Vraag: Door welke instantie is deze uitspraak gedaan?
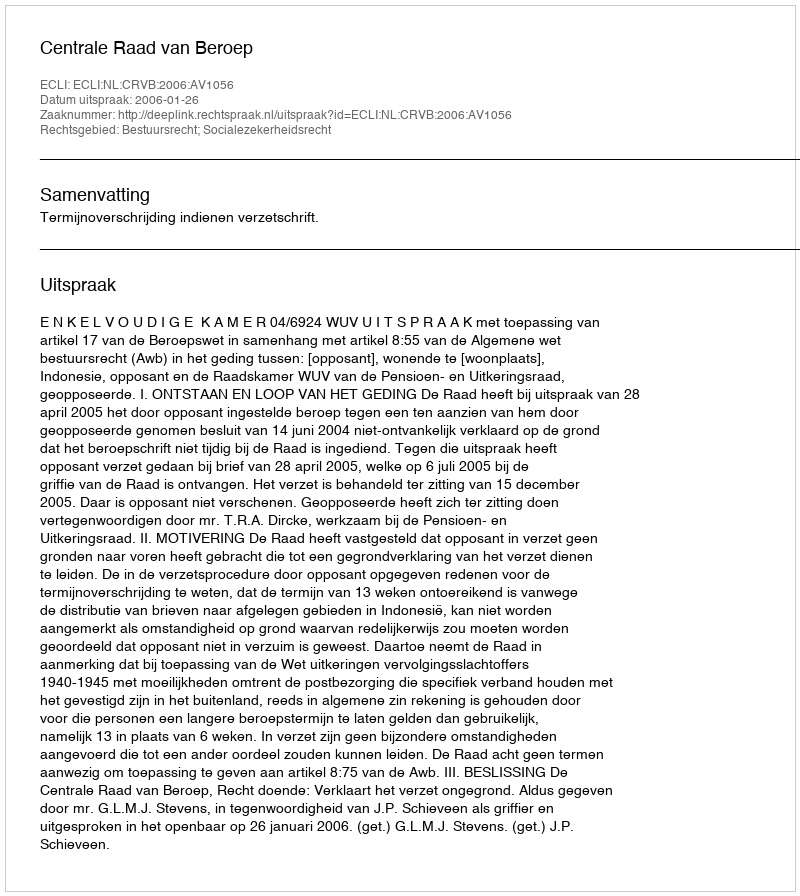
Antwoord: Centrale Raad van Beroep